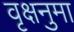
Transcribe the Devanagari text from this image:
वृक्षनुमा